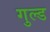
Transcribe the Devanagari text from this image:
गुल्ड